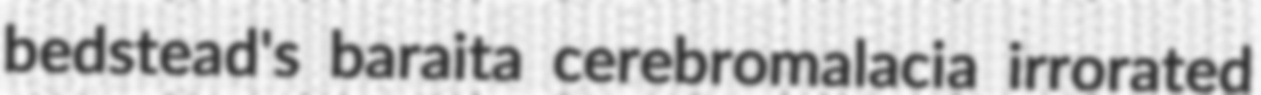
bedstead's baraita cerebromalacia irrorated